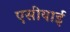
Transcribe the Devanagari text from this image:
एसीयाई